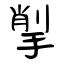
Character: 揱